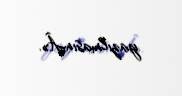
yazılmasınÂ».